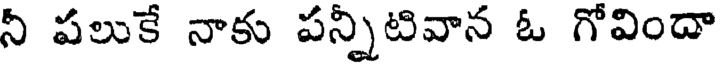
నీ పలుకే నాకు పన్నీటివాన ఓ గోవిందా